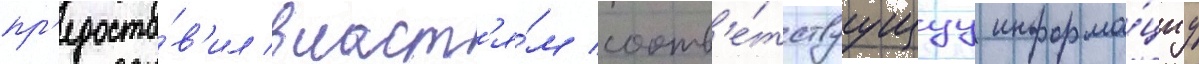
пр'едоста́в'ил власт'я́м соотв'е́тствуущуу информа́циу